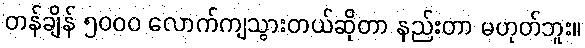
တန်ချိန် ၅၀၀၀ လောက်ကျသွားတယ်ဆိုတာ နည်းတာ မဟုတ်ဘူး။